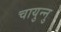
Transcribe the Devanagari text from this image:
चायुन्नु